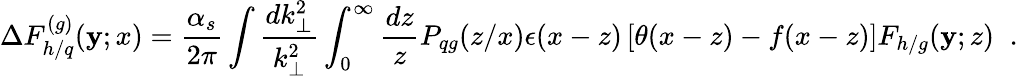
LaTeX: \Delta{F}_{h/q}^{(g)}(\mathbf{y};x)=\frac{{\alpha_{s}}}{{2\pi}}\int\frac{{dk_{\perp}^{2}}}{{k_{\perp}^{2}}}\int_{0}^{\infty}\frac{{dz}}{{z}}P_{qg}(z/x)\epsilon(x-z)\left\lbrack\theta(x-z)-f(x-z)\right\rbrack{F}_{h/g}(\mathbf{y};z)\; \; .